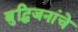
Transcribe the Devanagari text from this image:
बुद्धिजनांचे